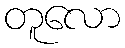
တူလော